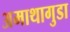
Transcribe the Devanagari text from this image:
अमाथागुडा